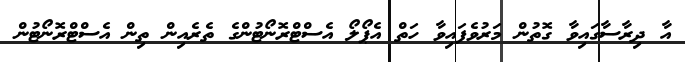
އާ ދިރާސާގައިވާ ގޮތުން މަރުވެފައިވާ ހަތް އެޕޯލޯ އެސްޓްރޮނޯޓުންގެ ތެރެއިން ތިން އެސްޓްރޮނޯޓުން